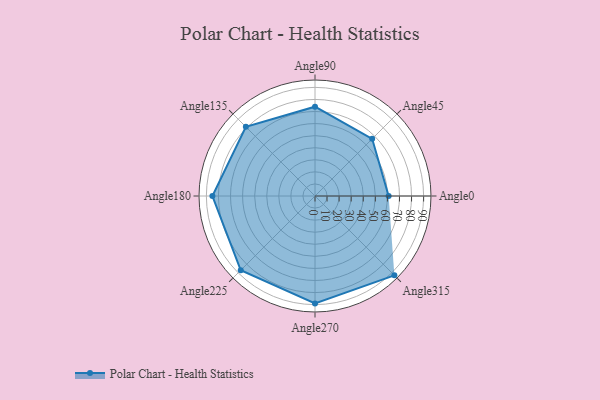
{"axis": {"x": "Angle", "y": "Radius"}, "legend": [""], "data": [{"x": "Angle0", "y": 61.0, "type": ""}, {"x": "Angle45", "y": 67.0, "type": ""}, {"x": "Angle90", "y": 74.0, "type": ""}, {"x": "Angle135", "y": 81.0, "type": ""}, {"x": "Angle180", "y": 85.0, "type": ""}, {"x": "Angle225", "y": 87.0, "type": ""}, {"x": "Angle270", "y": 89.0, "type": ""}, {"x": "Angle315", "y": 93.0, "type": ""}]}